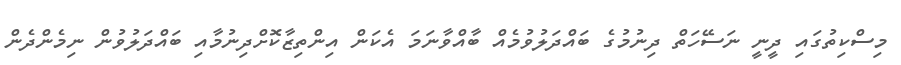
މިސްކިތުގައި ދީނީ ނަސޭހަތް ދިނުމުގެ ބައްދަލުވުމެއް ބާއްވާނަމަ އެކަން އިންތިޒާކޮށްދިނުމާއި ބައްދަލުވުން ނިމެންދެން